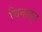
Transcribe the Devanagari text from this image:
चिन्हाकृत